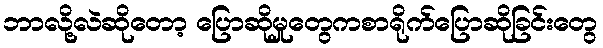
ဘာလို့လဲဆိုတော့ ပြောဆိုမှုတွေကစာရိုက်ပြောဆိုခြင်းတွေ